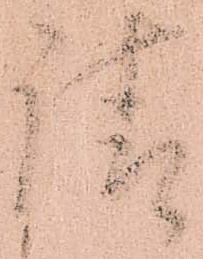
請